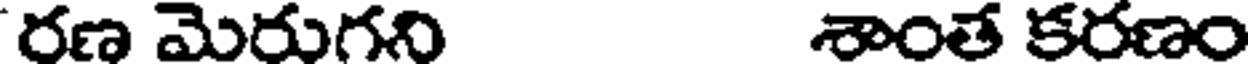
రణ మెరుగని శాంత కరణం